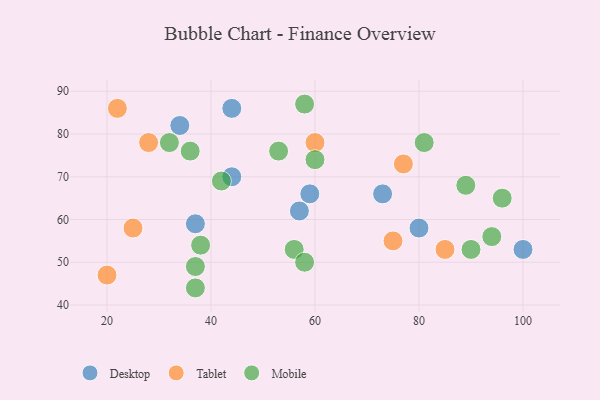
{"axis": {"x": "GDP", "y": "Life Expectancy"}, "legend": ["Desktop", "Mobile", "Tablet"], "data": [{"x": "34", "y": 82, "type": "Desktop"}, {"x": "57", "y": 62, "type": "Desktop"}, {"x": "100", "y": 53, "type": "Desktop"}, {"x": "59", "y": 66, "type": "Desktop"}, {"x": "44", "y": 70, "type": "Desktop"}, {"x": "80", "y": 58, "type": "Desktop"}, {"x": "37", "y": 59, "type": "Desktop"}, {"x": "73", "y": 66, "type": "Desktop"}, {"x": "44", "y": 86, "type": "Desktop"}, {"x": "22", "y": 86, "type": "Tablet"}, {"x": "20", "y": 47, "type": "Tablet"}, {"x": "25", "y": 58, "type": "Tablet"}, {"x": "75", "y": 55, "type": "Tablet"}, {"x": "60", "y": 78, "type": "Tablet"}, {"x": "85", "y": 53, "type": "Tablet"}, {"x": "28", "y": 78, "type": "Tablet"}, {"x": "77", "y": 73, "type": "Tablet"}, {"x": "42", "y": 69, "type": "Mobile"}, {"x": "56", "y": 53, "type": "Mobile"}, {"x": "96", "y": 65, "type": "Mobile"}, {"x": "53", "y": 76, "type": "Mobile"}, {"x": "81", "y": 78, "type": "Mobile"}, {"x": "60", "y": 74, "type": "Mobile"}, {"x": "37", "y": 44, "type": "Mobile"}, {"x": "37", "y": 49, "type": "Mobile"}, {"x": "58", "y": 50, "type": "Mobile"}, {"x": "32", "y": 78, "type": "Mobile"}, {"x": "58", "y": 87, "type": "Mobile"}, {"x": "89", "y": 68, "type": "Mobile"}, {"x": "90", "y": 53, "type": "Mobile"}, {"x": "36", "y": 76, "type": "Mobile"}, {"x": "94", "y": 56, "type": "Mobile"}, {"x": "38", "y": 54, "type": "Mobile"}]}